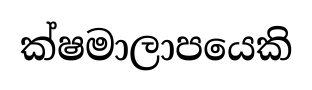
ක්ෂමාලාපයෙකි